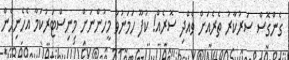
ގެންގޮސް ސަރުކާރު ތެރެއަށް ވެއްދި ސޮރެއް! ކުފޫ ހަމަނުވާ މީހުންނަށް މިނިސްޓަރުކަމާ އެހެނިހެން